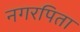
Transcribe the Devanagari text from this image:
नगरपिता